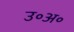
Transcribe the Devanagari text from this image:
उ॰अ॰